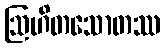
ဩဟိတသောတဿ